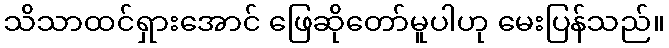
သိသာထင်ရှားအောင် ဖြေဆိုတော်မူပါဟု မေးပြန်သည်။